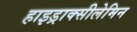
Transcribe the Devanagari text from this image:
हाइड्राक्सीलेमिन